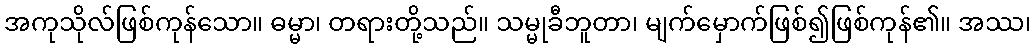
အကုသိုလ်ဖြစ်ကုန်သော။ ဓမ္မာ၊ တရားတို့သည်။ သမ္မုခီဘူတာ၊ မျက်မှောက်ဖြစ်၍ဖြစ်ကုန်၏။ အဿ၊